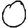
Digit: 0